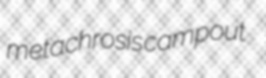
metachrosis campout